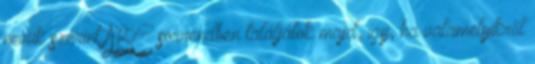
nevük szerint ABC sorrendben találjátok majd, így, ha valamelyikről